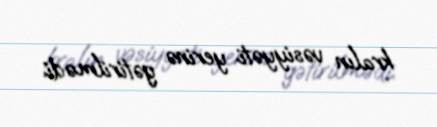
kralın vəsiyyəti yerinə gətirilmədi.